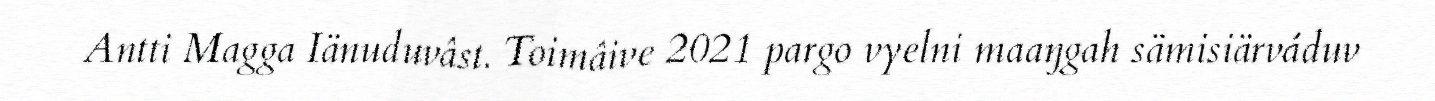
Antti Magga Iänuduvâst. Toimâive 2021 pargo vyelni maaŋgah sämisiärváduv